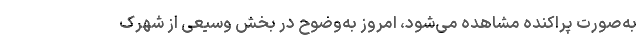
به‌صورت پراکنده مشاهده می‌شود، امروز به‌وضوح در بخش وسیعی از شهرک